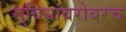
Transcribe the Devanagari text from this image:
सुविधांबरोबरच